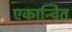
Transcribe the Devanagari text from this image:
एकान्वित